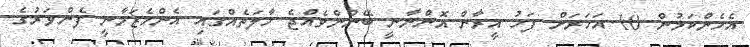
އެހެންކަމުން 10 އަހަރަށް ފަހު އީރާން އޮންނާނީ ބޭނުންވެއްޖެ ހާލަތެއްގައި އެންމެޒަމާނީ ފެންވަރުގެ